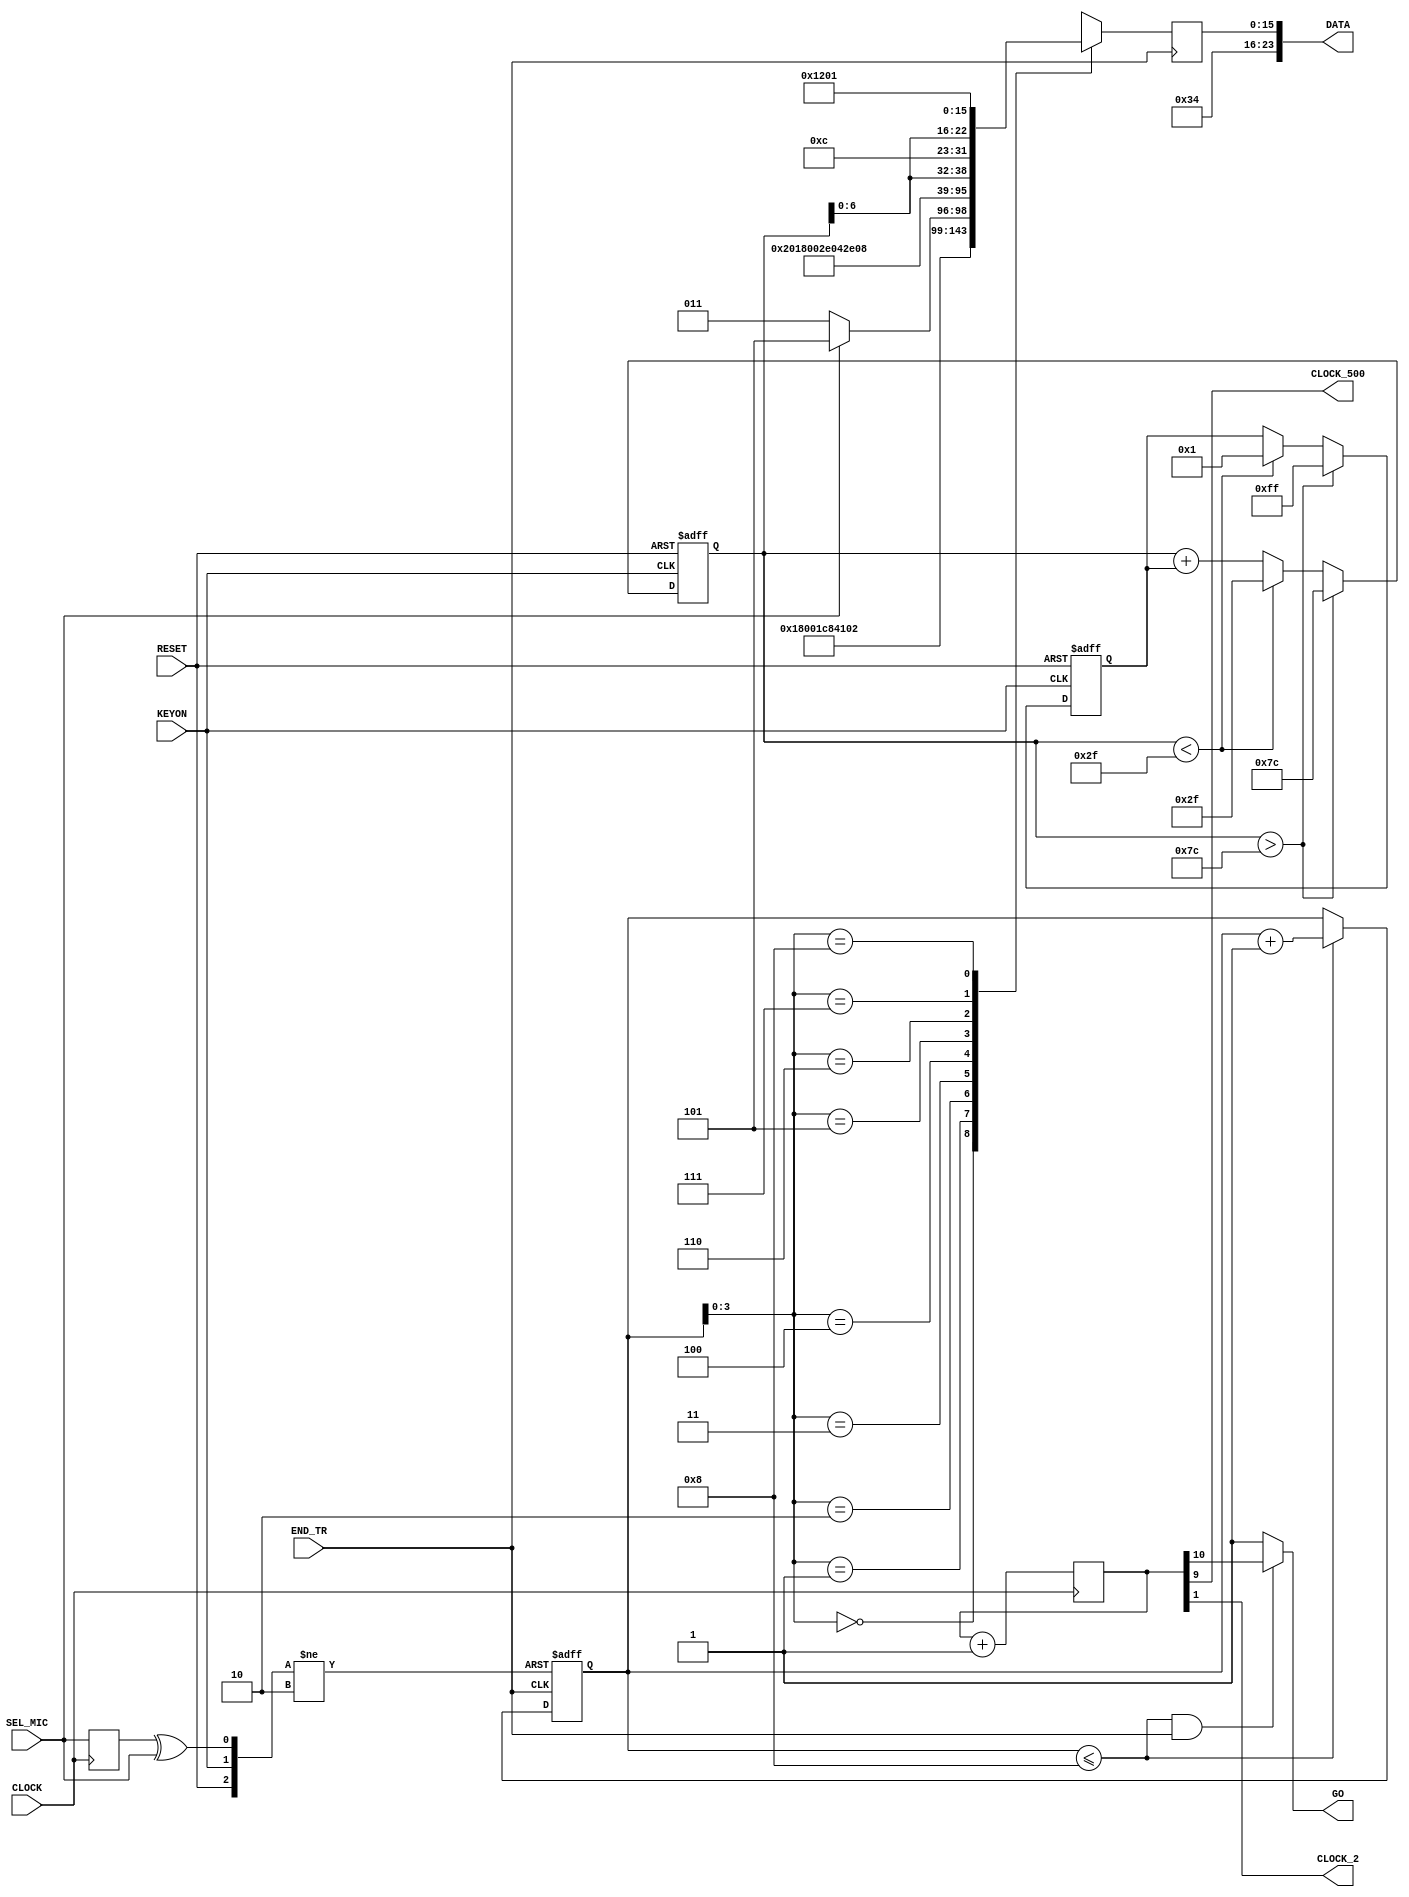
//This program is modified by Robert Li, McMaster, 2018 

//--------------------------------------------------------------------
// Copyright (c) 2005 by Terasic Technologies Inc. 
// --------------------------------------------------------------------
//
// Permission:
//
//   Terasic grants permission to use and modify this code for use
//   in synthesis for all Terasic Development Boards and Altrea Development 
//   Kits made by Terasic.  Other use of this code, including the selling 
//   ,duplication, or modification of any portion is strictly prohibited.
//
// Disclaimer:
//
//   This VHDL or Verilog source code is intended as a design reference
//   which illustrates how these types of functions can be implemented.
//   It is the user's responsibility to verify their design for
//   consistency and functionality through the use of formal
//   verification methods.  Terasic provides no warranty regarding the use 
//   or functionality of this code.
//
// --------------------------------------------------------------------
//           
//                     Terasic Technologies Inc
//                     356 Fu-Shin E. Rd Sec. 1. JhuBei City,
//                     HsinChu County, Taiwan
//                     302
//
//                     web: http://www.terasic.com/
//
// --------------------------------------------------------------------
//
// Major Functions: I2C output data
//
// --------------------------------------------------------------------
//
// Revision History :
// --------------------------------------------------------------------
//   Ver  :| Author             :| Mod. Date :| Changes Made:
//   V1.0 :| Joe Yang           :| 05/07/10  :|      Initial Revision
// --------------------------------------------------------------------



// Please note that anything below 47 for default volume means MUTE
`define DEFAULT_VOLUME 100  //Robert Li: 90 is bianary 0101 1010, the max volume is 0111 1111 


`define rom_size 6'd8

module CLOCK_500 (
	CLOCK,
	CLOCK_500,
	DATA,
	END_TR,
	RESET,
	KEYON,
	SEL_MIC,
	GO,
	CLOCK_2
);
	input  CLOCK;
	input  END_TR;
	input  RESET;
	input  KEYON;
	input  SEL_MIC;
	output CLOCK_500;
	output [23:0]DATA;
	output GO;
	output CLOCK_2;


reg  [10:0]COUNTER_500;

wire  CLOCK_500=COUNTER_500[9];
wire  CLOCK_2=COUNTER_500[1];

reg  [15:0]ROM[`rom_size:0];
reg  [15:0]DATA_A;
reg  [5:0]address;
reg  SEL_MIC_D1;
reg signed  [7:0] vol;  //only use the first 7 bits for volume

wire [23:0]DATA={8'h34,DATA_A};

wire SEL_MIC_CHANGE = SEL_MIC_D1 ^ SEL_MIC;	
wire  GO =((address <= `rom_size) && (END_TR==1))? COUNTER_500[10]:1;





reg signed [7:0] voladj=1;   //adjust volume, maybe -1 or +1




always @(posedge RESET or posedge SEL_MIC_CHANGE or negedge KEYON or posedge END_TR) begin
	if (RESET) address=0;
	else if (SEL_MIC_CHANGE) address=0;
	else if (!KEYON) address=0;
	else 
	if (address <= `rom_size) address=address+1;
end



always @(posedge KEYON or posedge RESET)
begin
	if (RESET)
		begin
			vol <= `DEFAULT_VOLUME;
			voladj<=1;
		end
	else if (vol > 8'b01111100)   // just 3 to the max volume , to avoild overflow
		begin
			vol<=8'b01111100;
			voladj <= -1;
		end
	else if (vol < 8'b00101111)
		begin
			vol<=8'b00101111;
			voladj<=1;
		end
	else 
		vol<=vol+voladj;
	
	
end




always @(posedge END_TR) begin
//	ROM[0]= 16'h1e00;
	ROM[0]= 16'h0c00;	     //power down
	ROM[1]= 16'h0e42;	     //master // I2S format, MSB First, left-1 justified; 16 bits; No L/R swapping; Master mode; invert BCLK (change to 42 not to invert clock)
	ROM[2]= SEL_MIC ? 16'h0815 : 16'h0813;	     //sound select - first is microphone, second is line-in (microphone muted)
	
	ROM[3]= 16'h100C;		 //mclk // normal mode, MCLK=12.288MHz, 8 kHz sampling
	
	ROM[4]= 16'h0017;		 //   McMaster:  Robert Li: left line in? Valume set to max: 11111  (h17)
	ROM[5]= 16'h0217;		 //   McMaster: Robert Li: Right line in?
	ROM[6]= {8'h04,1'b0,vol[6:0]};		 //
	ROM[7]= {8'h06,1'b0,vol[6:0]};	     //sound vol
	
	//ROM[4]= 16'h1e00;		 //reset	
	ROM[`rom_size]= 16'h1201;//active
	DATA_A=ROM[address];
end

always @(posedge CLOCK ) begin
	COUNTER_500=COUNTER_500+1;
end

always @(posedge CLOCK)
begin
	SEL_MIC_D1 <= SEL_MIC;
end

endmodule